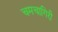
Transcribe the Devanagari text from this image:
चमचागिरी